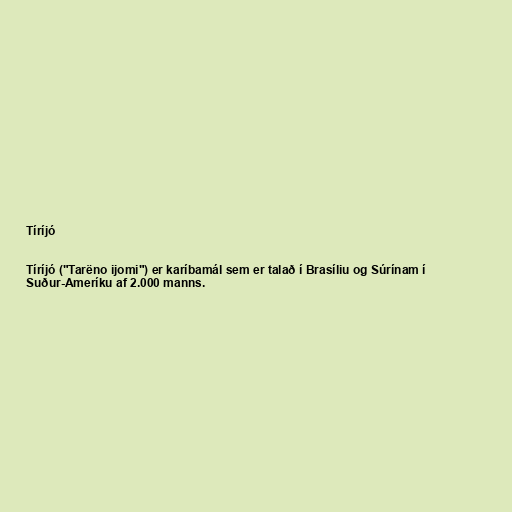
Tíríjó

Tíríjó ("Tarëno ijomi") er karíbamál sem er talað í Brasíliu og Súrínam í
Suður-Ameríku af 2.000 manns.